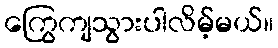
ကြွေကျသွားပါလိမ့်မယ်။